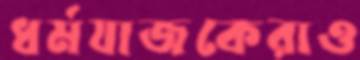
ধর্মযাজকেরাও